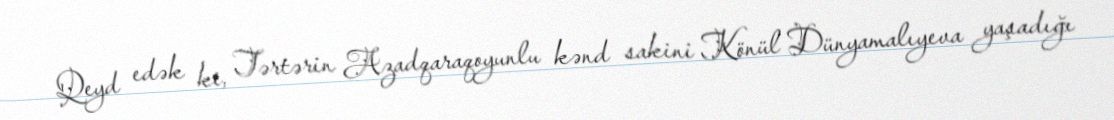
Qeyd edək ki, Tərtərin Azadqaraqoyunlu kənd sakini Könül Dünyamalıyeva yaşadığı